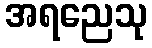
အရညေသု